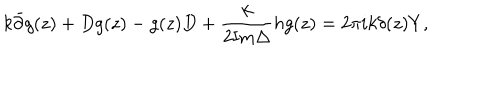
k \bar { \partial } g ( z ) + D g ( z ) - g ( z ) D + \frac { k } { 2 { \mathrm { I m } } \Delta } h g ( z ) = 2 \pi i k \delta ( z ) Y ,